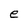
Character: e